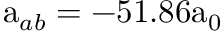
\mathrm { a } _ { a b } = - 5 1 . 8 6 \mathrm { a } _ { 0 }